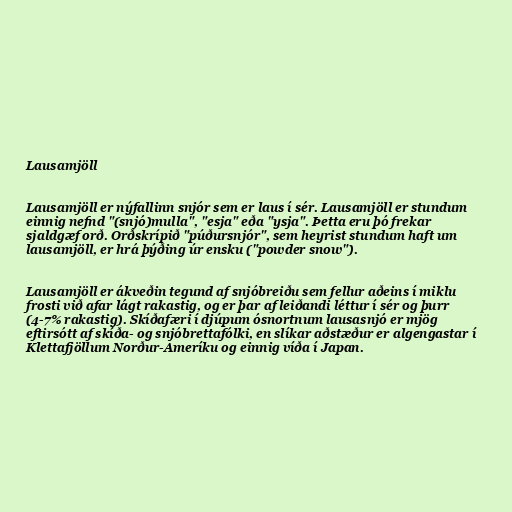
Lausamjöll

Lausamjöll er nýfallinn snjór sem er laus í sér. Lausamjöll er stundum
einnig nefnd "(snjó)mulla", "esja" eða "ysja". Þetta eru þó frekar
sjaldgæf orð. Orðskrípið "púðursnjór", sem heyrist stundum haft um
lausamjöll, er hrá þýðing úr ensku ("powder snow").

Lausamjöll er ákveðin tegund af snjóbreiðu sem fellur aðeins í miklu
frosti við afar lágt rakastig, og er þar af leiðandi léttur í sér og þurr
(4-7% rakastig). Skíðafæri í djúpum ósnortnum lausasnjó er mjög
eftirsótt af skíða- og snjóbrettafólki, en slíkar aðstæður er algengastar í
Klettafjöllum Norður-Ameríku og einnig víða í Japan.